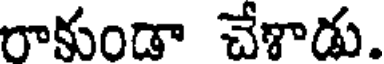
రాకుండా చేశాడు.